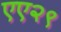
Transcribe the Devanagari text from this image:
एए२९